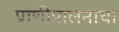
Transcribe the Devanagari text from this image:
प्राणीपालनाचा